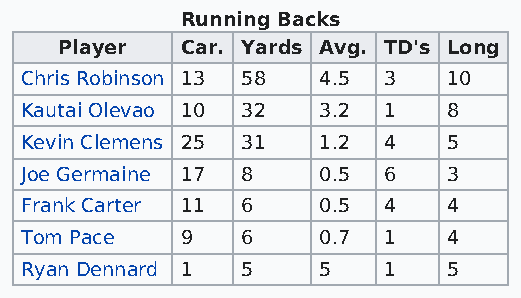
Running Backs
 Player  Car. Yards Avg. TD's Long
 Chris Robinson 13 58 4.5 3   10
 Kautai Olevao 10 32 3.2 1    8
 Kevin Clemens 25 31 1.2 4    5
 Joe Germaine 17 8   0.5 6    3
 Frank Carter 11 6   0.5 4    4
 Tom Pace   9   6    0.7 1    4
 Ryan Dennard 1 5    5   1    5